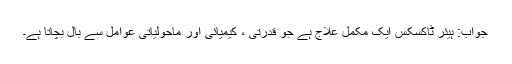
جواب: ہیئر ٹاکسکس ایک مکمل علاج ہے جو قدرتی ، کیمیائی اور ماحولیاتی عوامل سے بال بچاتا ہے۔